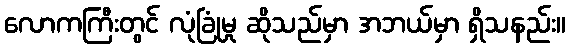
လောကကြီးတွင် လုံခြုံမှု ဆိုသည်မှာ အဘယ်မှာ ရှိသနည်း။